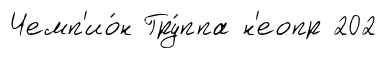
Чемп'ио́н Гру́ппа н'еопр 202